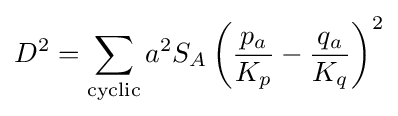
D^{2}=\sum _{\text{cyclic}}a^{2}S_{A}\left({\frac {p_{a}}{K_{p}}}-{\frac {q_{a}}{K_{q}}}\right)^{2}